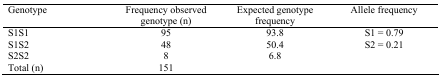
| Genotype | Frequency observed genotype (n) | Expected genotypefrequency | Allele frequency |
 | --- | --- | --- | --- |
 | S1S1 | 95 | 93.8 | S1 = 0.79 |
 | S1S2 | 48 | 50.4 | S2 = 0.21 |
 | S2S2 | 8 | 6.8 |  |